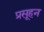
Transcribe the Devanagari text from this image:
प्रसूहन